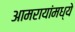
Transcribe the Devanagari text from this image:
आमरायांमध्ये